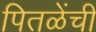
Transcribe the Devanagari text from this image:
पितळेंची